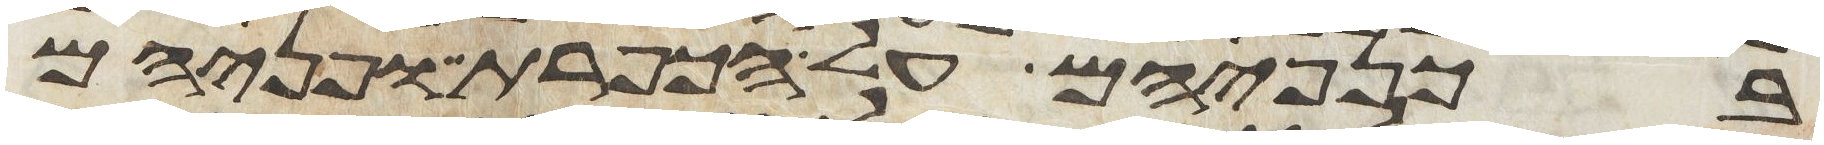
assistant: בכנפיהם על הכפרת ופניהם